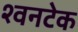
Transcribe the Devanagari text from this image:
श्वनटेक